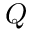
Q